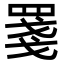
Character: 𦋈